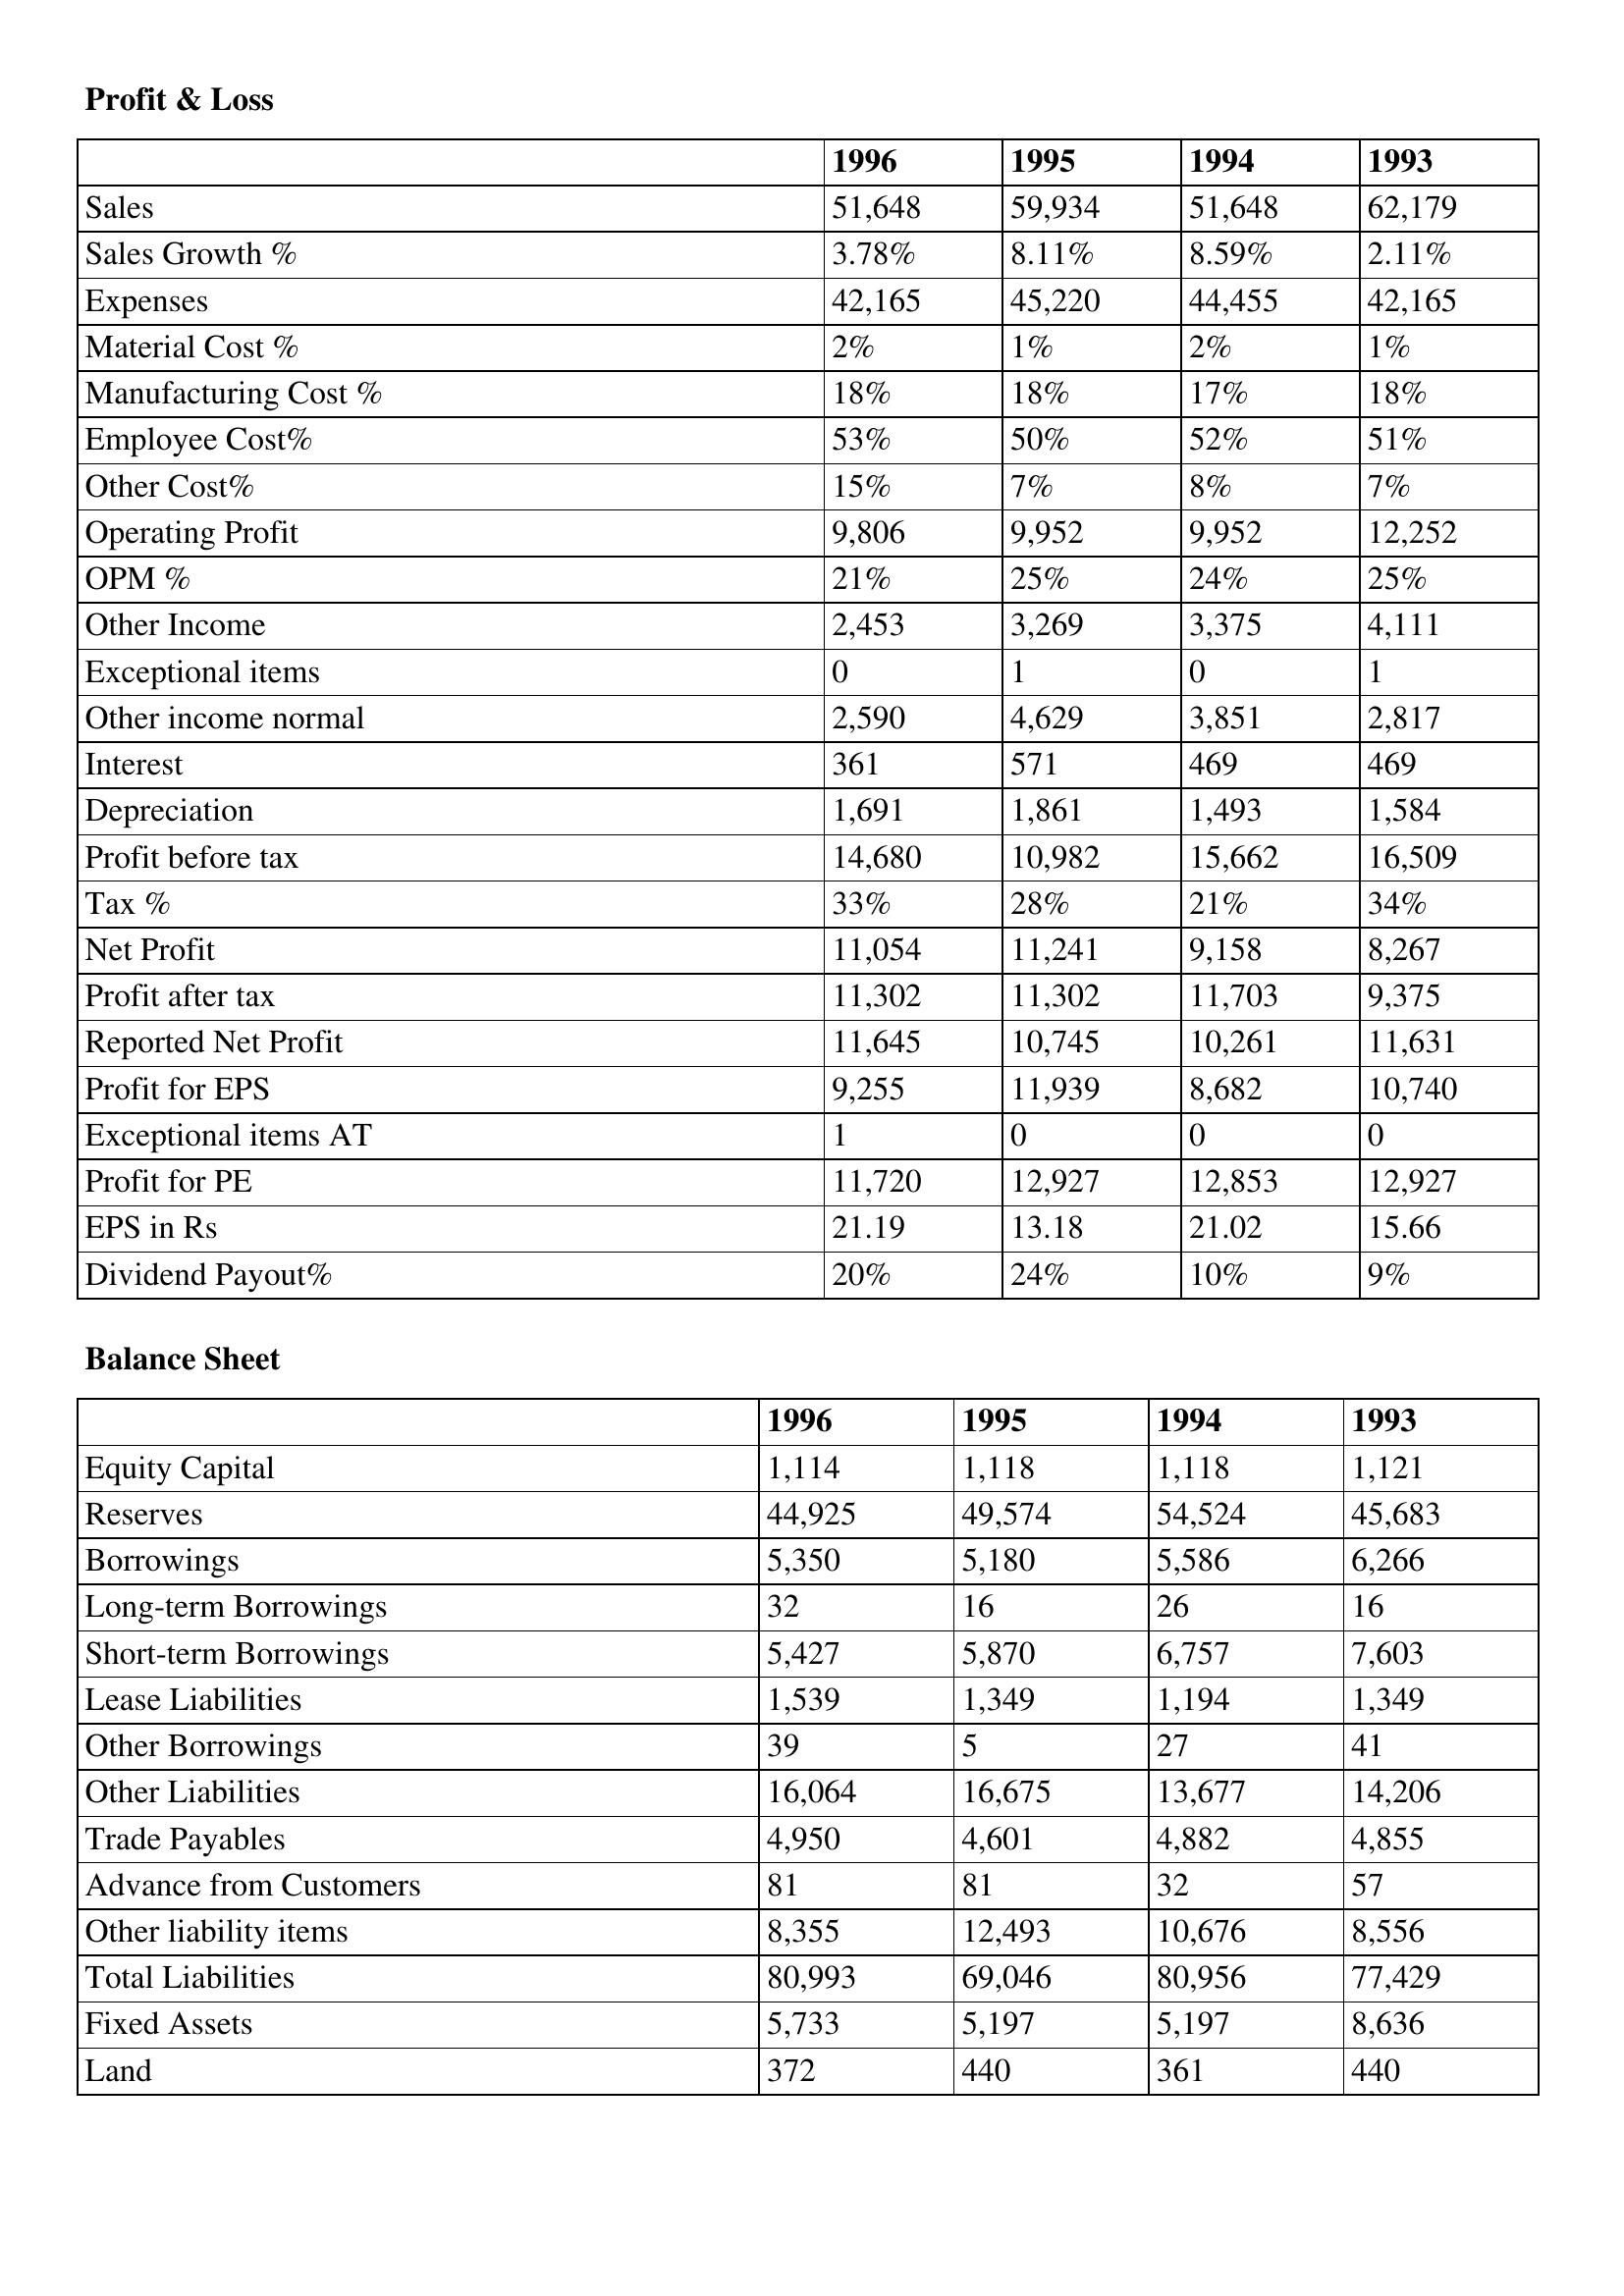
gt_parse: 1996: Profit & Loss: Sales: 51,648
Sales Growth %: 3.78%
Expenses: 42,165
Material Cost %: 2%
Manufacturing Cost %: 18%
Employee Cost%: 53%
Other Cost%: 15%
Operating Profit: 9,806
OPM %: 21%
Other Income: 2,453
Exceptional items: 0
Other income normal: 2,590
Interest: 361
Depreciation: 1,691
Profit before tax: 14,680
Tax %: 33%
Net Profit: 11,054
Profit after tax: 11,302
Reported Net Profit: 11,645
Profit for EPS: 9,255
Exceptional items AT: 1
Profit for PE: 11,720
EPS in Rs: 21.19
Dividend Payout%: 20%
Balance Sheet: Equity Capital: 1,114
Reserves: 44,925
Borrowings: 5,350
Long-term Borrowings: 32
Short-term Borrowings: 5,427
Lease Liabilities: 1,539
Other Borrowings: 39
Other Liabilities: 16,064
Trade Payables: 4,950
Advance from Customers: 81
Other liability items: 8,355
Total Liabilities: 80,993
Fixed Assets: 5,733
Land: 372
1995: Profit & Loss: Sales: 59,934
Sales Growth %: 8.11%
Expenses: 45,220
Material Cost %: 1%
Manufacturing Cost %: 18%
Employee Cost%: 50%
Other Cost%: 7%
Operating Profit: 9,952
OPM %: 25%
Other Income: 3,269
Exceptional items: 1
Other income normal: 4,629
Interest: 571
Depreciation: 1,861
Profit before tax: 10,982
Tax %: 28%
Net Profit: 11,241
Profit after tax: 11,302
Reported Net Profit: 10,745
Profit for EPS: 11,939
Exceptional items AT: 0
Profit for PE: 12,927
EPS in Rs: 13.18
Dividend Payout%: 24%
Balance Sheet: Equity Capital: 1,118
Reserves: 49,574
Borrowings: 5,180
Long-term Borrowings: 16
Short-term Borrowings: 5,870
Lease Liabilities: 1,349
Other Borrowings: 5
Other Liabilities: 16,675
Trade Payables: 4,601
Advance from Customers: 81
Other liability items: 12,493
Total Liabilities: 69,046
Fixed Assets: 5,197
Land: 440
1994: Profit & Loss: Sales: 51,648
Sales Growth %: 8.59%
Expenses: 44,455
Material Cost %: 2%
Manufacturing Cost %: 17%
Employee Cost%: 52%
Other Cost%: 8%
Operating Profit: 9,952
OPM %: 24%
Other Income: 3,375
Exceptional items: 0
Other income normal: 3,851
Interest: 469
Depreciation: 1,493
Profit before tax: 15,662
Tax %: 21%
Net Profit: 9,158
Profit after tax: 11,703
Reported Net Profit: 10,261
Profit for EPS: 8,682
Exceptional items AT: 0
Profit for PE: 12,853
EPS in Rs: 21.02
Dividend Payout%: 10%
Balance Sheet: Equity Capital: 1,118
Reserves: 54,524
Borrowings: 5,586
Long-term Borrowings: 26
Short-term Borrowings: 6,757
Lease Liabilities: 1,194
Other Borrowings: 27
Other Liabilities: 13,677
Trade Payables: 4,882
Advance from Customers: 32
Other liability items: 10,676
Total Liabilities: 80,956
Fixed Assets: 5,197
Land: 361
1993: Profit & Loss: Sales: 62,179
Sales Growth %: 2.11%
Expenses: 42,165
Material Cost %: 1%
Manufacturing Cost %: 18%
Employee Cost%: 51%
Other Cost%: 7%
Operating Profit: 12,252
OPM %: 25%
Other Income: 4,111
Exceptional items: 1
Other income normal: 2,817
Interest: 469
Depreciation: 1,584
Profit before tax: 16,509
Tax %: 34%
Net Profit: 8,267
Profit after tax: 9,375
Reported Net Profit: 11,631
Profit for EPS: 10,740
Exceptional items AT: 0
Profit for PE: 12,927
EPS in Rs: 15.66
Dividend Payout%: 9%
Balance Sheet: Equity Capital: 1,121
Reserves: 45,683
Borrowings: 6,266
Long-term Borrowings: 16
Short-term Borrowings: 7,603
Lease Liabilities: 1,349
Other Borrowings: 41
Other Liabilities: 14,206
Trade Payables: 4,855
Advance from Customers: 57
Other liability items: 8,556
Total Liabilities: 77,429
Fixed Assets: 8,636
Land: 440